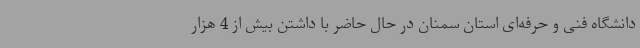
دانشگاه فنی و حرفه‌ای استان سمنان در حال حاضر با داشتن بیش از 4 هزار